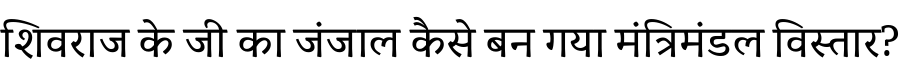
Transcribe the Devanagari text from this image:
शिवराज के जी का जंजाल कैसे बन गया मंत्रिमंडल विस्तार?